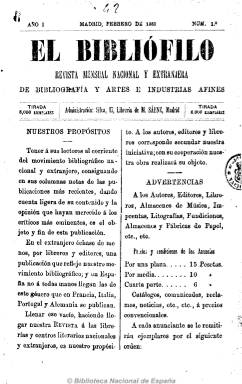
Título: El Bibliófilo (Madrid. 1889)
Colección: Libros || Archivos, bibliotecas y museos
Ámbito geográfico: Madrid
Lugar de publicación: Madrid
Fechas: 01/02/1889-31/12/1889

Revista mensual del movimiento bibliográfico tanto de las obras que se publican en España y sus regiones como en el extranjero y de todas las materias, incluidas revistas y periódicos, con anotaciones y opiniones, así como de las “artes e industrias afines”. Con una tirada de 8.000 ejemplares, su difusión es gratuita a librerías, casinos, círculos y centros literarios y bibliotecas. Sus últimas páginas contienen anuncios de librerías y novedades bibliográficas. También publica algunas noticias sobre venta de bibliotecas particulares, hallazgos librarios en bibliotecas o de la Sociedad de Bibliófilos Madrileños. En sus primeros números aparecen artículos publicados por Miguel Moya, Luis Ulbach y A. de Valbuena. De periodicidad mensual, al principio con 24 páginas y después con 16 cada número, y paginación continuada.